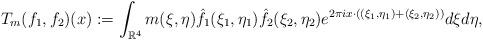
LaTeX: \begin{align*} T_{m}(f_{1},f_{2})(x):=\int_{\mathbb{R}^{4}}m(\xi,\eta)\hat{f_{1}}(\xi_{1},\eta_{1})\hat{f_{2}}(\xi_{2},\eta_{2})e^{2\pi ix\cdot((\xi_{1},\eta_{1})+(\xi_{2},\eta_{2}))}d\xi d\eta,\end{align*}